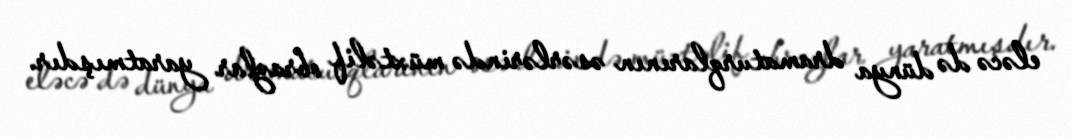
eləcə də dünya dramaturqlarının əsərlərində müxtəlif obrazlar yaratmışdır.